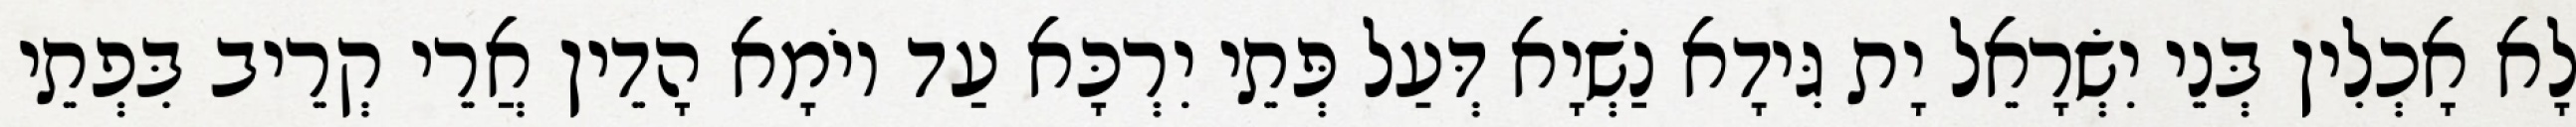
לָא אָכְלִין בְּנֵי יִשְׂרָאֵל יָת גִּידָא נַשְׁיָא דְּעַל פְּתֵי יִרְכָּא עַד יוֹמָא הָדֵין אֲרֵי קְרֵיב בִּפְתֵי